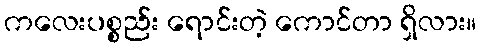
ကလေးပစ္စည်း ရောင်းတဲ့ ကောင်တာ ရှိလား။